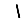
Digit: 1